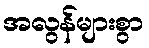
အလွန်များစွာ